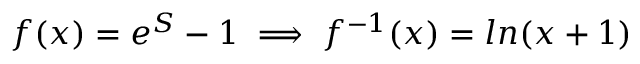
\begin{array} { r } { f ( x ) = e ^ { S } - 1 \implies f ^ { - 1 } ( x ) = l n ( x + 1 ) } \end{array}